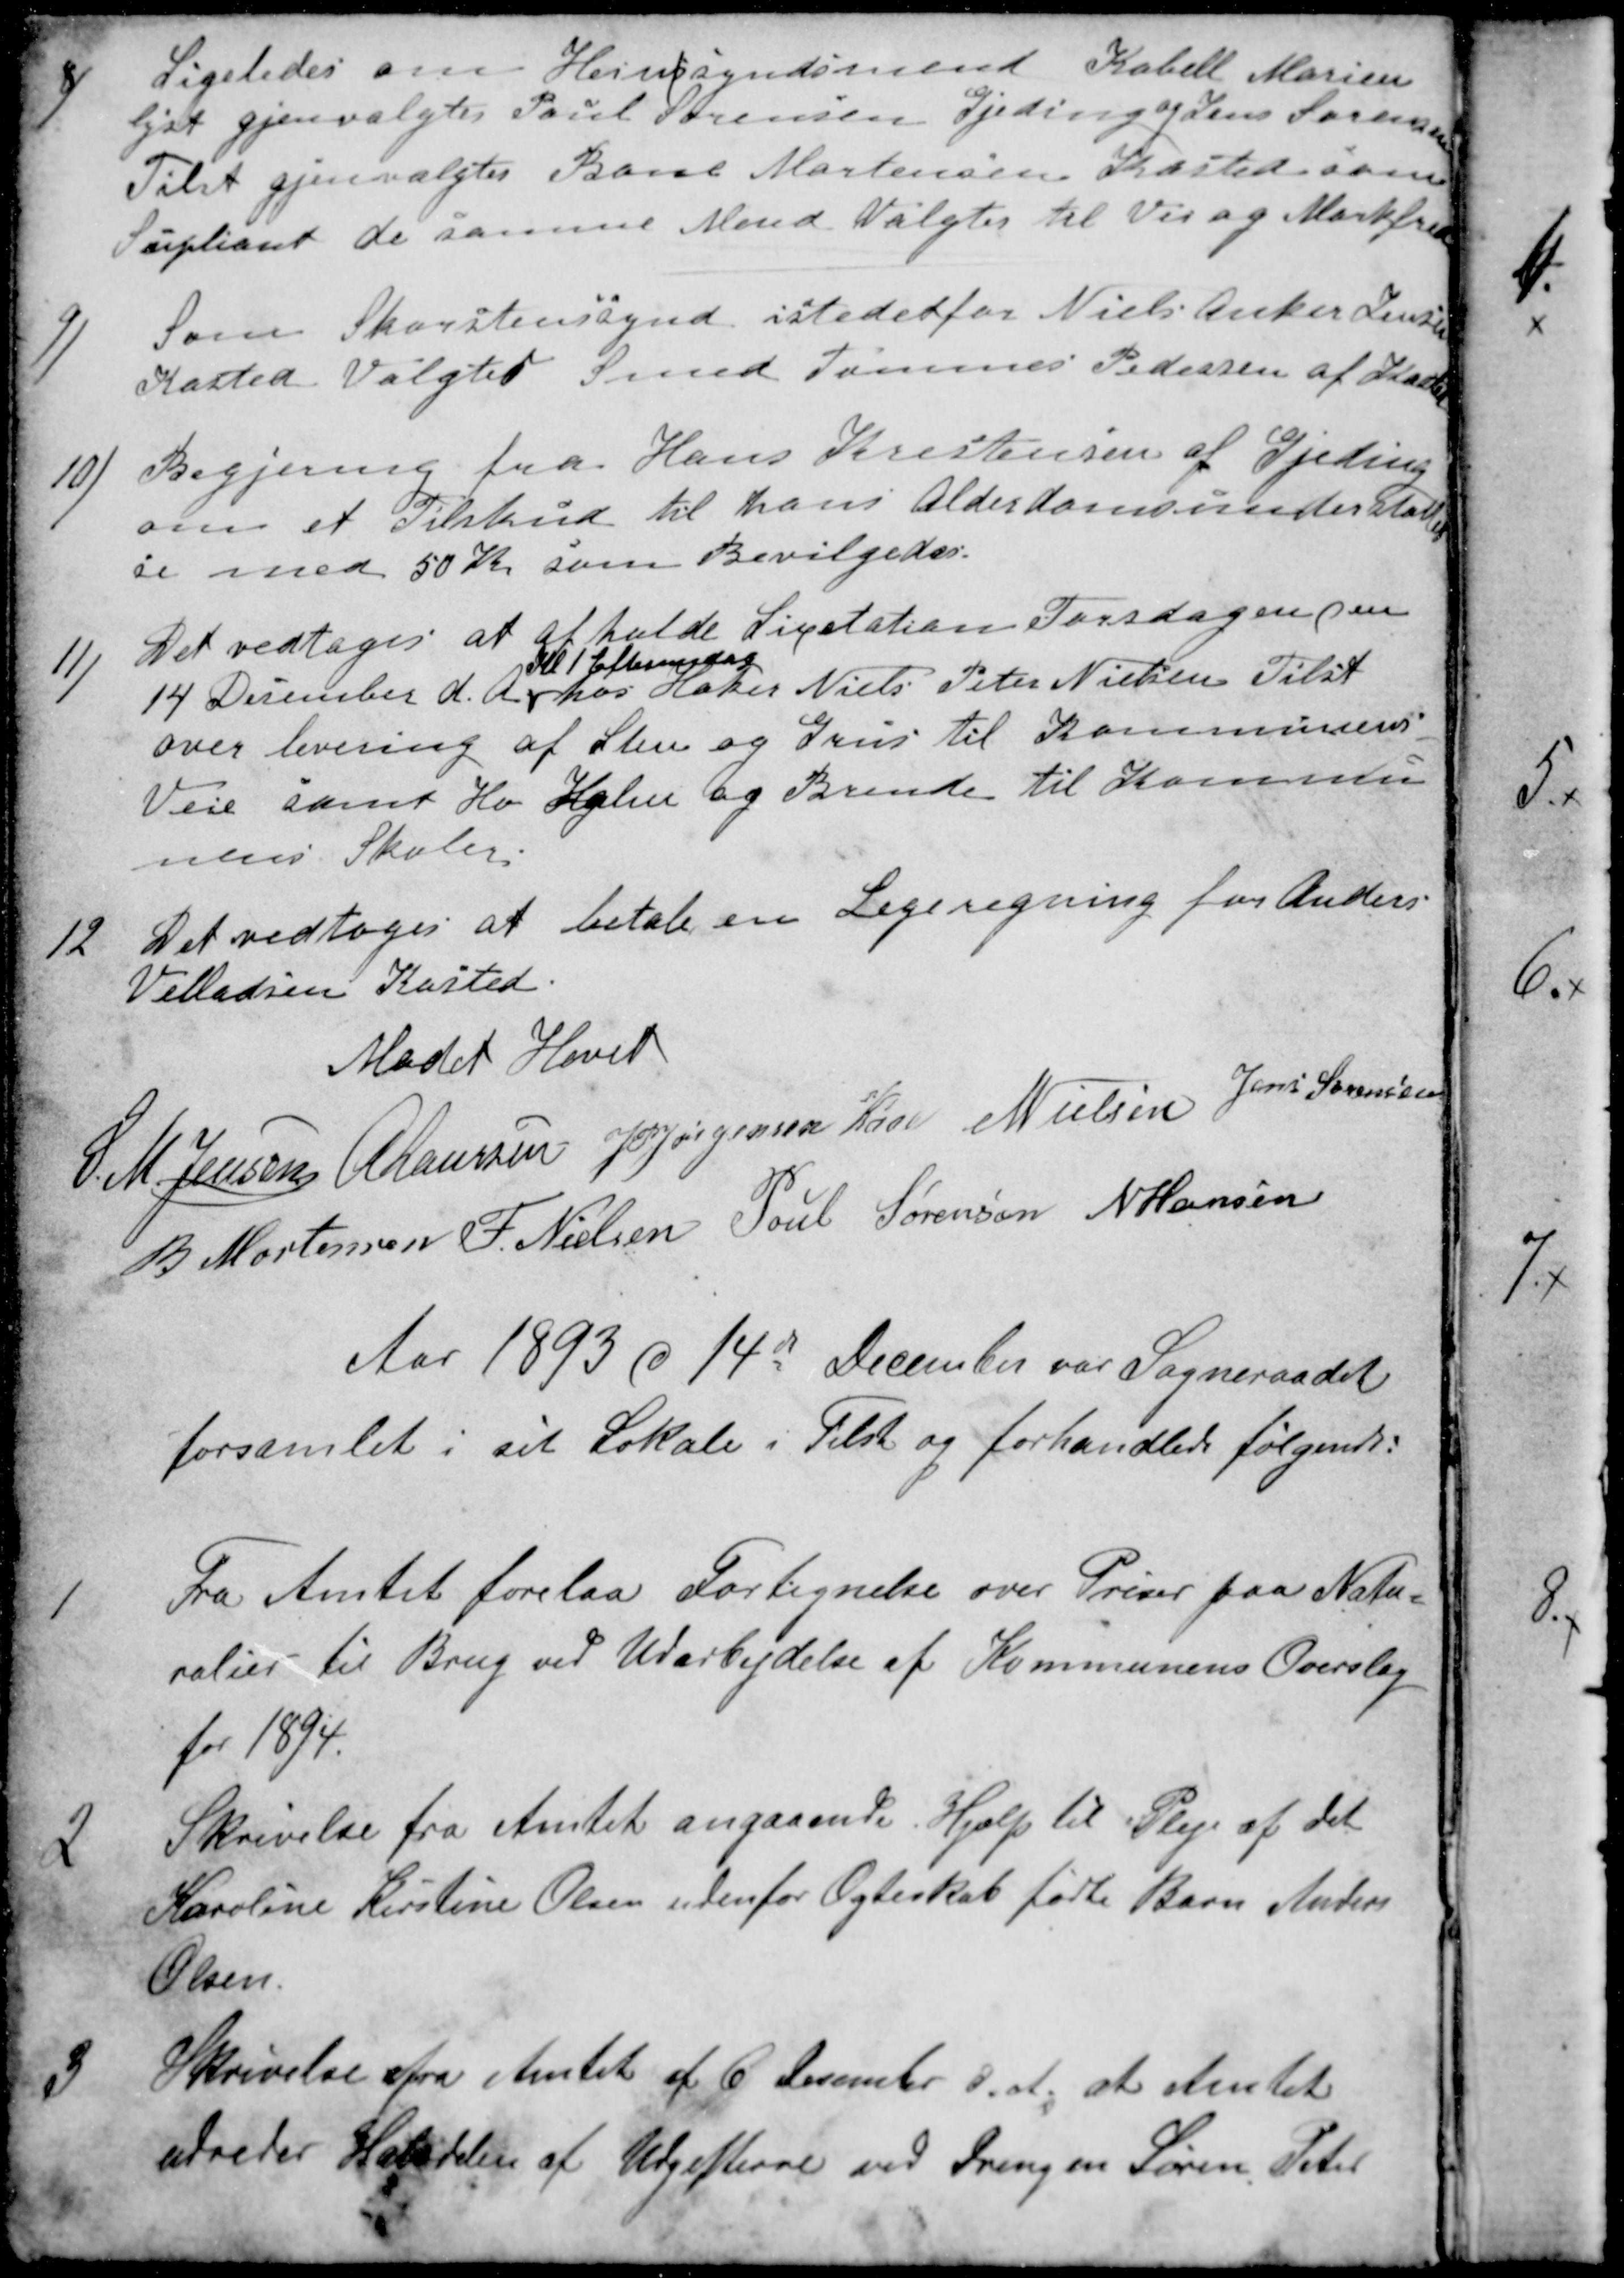
Transskription:
8)
Ligeledes om Heinssynsmend Kabell Marien
lyst gjenvalgtes Poul Sørensen Gjeding og Jens Sørensen
Tilst gjenvalgtes Bone Mortensen Kasted som
Supliant de samme Mend Valgtes til Vei og Markfred
9)
Som Skorstenssynd istedetfor Niels Anker Jensen
Kasted Valgtes Smed Tommes Pedersen af Kasted
10)
Begjering fra Hans Kristensen af Gjeding
om et Tilskud til hans Alderdomsunderstøttel
se med 50 Kr som Bevilgedes.
11)
Det vedtoges at afholde Licitation Torsdagen den
14 December d. A.
Kl 1 Eftermidag
hos Høker Niels Peter Nielsen Tilst
over levering af Sten og Grus til Kommunens
Veie samt Hø Halm og Brende til Kommu
nens Skoler.
12
Det vedtoges at betale en Legeregning for Anders
Villadsen Kasted.
Mødet Hevet
S. M. Jensen 
A Laursen
J PJørgensen Kaae
N Nielsen
Jens Sørensen
B Mortensen
F. Nielsen
Poul Sørensen
N Hansen
Aar 1893 d 14de December var Sogneraadet
forsamlet i sit Lokale i Tilst og forhandlede følgende:
1
Fra Amtet forelaa Fortegnelse over Priser paa Natu-
ralier til Brug ved Udarbejdelse af Kommunens Overslag
for 1894.
2
Skrivelse fra Amtet angaaende Hjælp til Pleje af det
Karoline Kirstine Olsen udenfor Ægteskab fødte Barn Anders
Olsen.
3
Skrivelse fra Amtet af 6 December d. A. at Amtet
udreder Halvdelen af Udgifterne ved Drengen Søren Peter